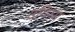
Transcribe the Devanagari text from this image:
उयिरुम